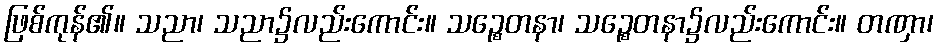
ဖြစ်ကုန်၏။ သညာ၊ သညာ၌လည်းကောင်း။ သဉ္စေတနာ၊ သဉ္စေတနာ၌လည်းကောင်း။ တဏှာ၊